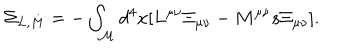
LaTeX: \Sigma _ { L , M } = - \int _ { \cal M } d ^ { 4 } x \lbrack L ^ { \mu \nu } \Xi _ { \mu \nu } - M ^ { \mu \nu } s \Xi _ { \mu \nu } \rbrack .